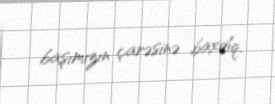
başımızın çarəsinə baxdıq.